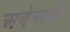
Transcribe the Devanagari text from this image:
अबेनाकी